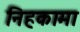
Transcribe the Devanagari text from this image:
निहकामा